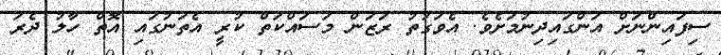
ސިފައިންނަށް އަންގައިދިނުމަށެވެ. އެވަގުތު ރަޒަން މަސައްކަތް ކުރީ އެތަނުގައި އޮތް ހާލު ދެރަ